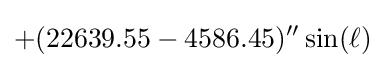
+(22639.55-4586.45)''\sin(\ell )